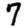
Digit: 7